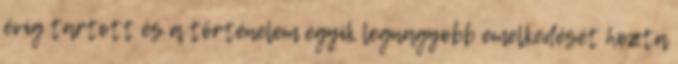
évig tartott és a történelem egyik legnagyobb emelkedését hozta